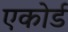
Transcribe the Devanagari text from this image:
एकोर्ड